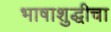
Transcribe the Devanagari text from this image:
भाषाशुद्धीचा